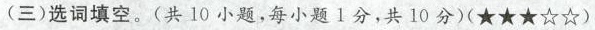
(三) 选词填空.(共 10小题,每小题1分,共 10 分)(★★★☆☆)